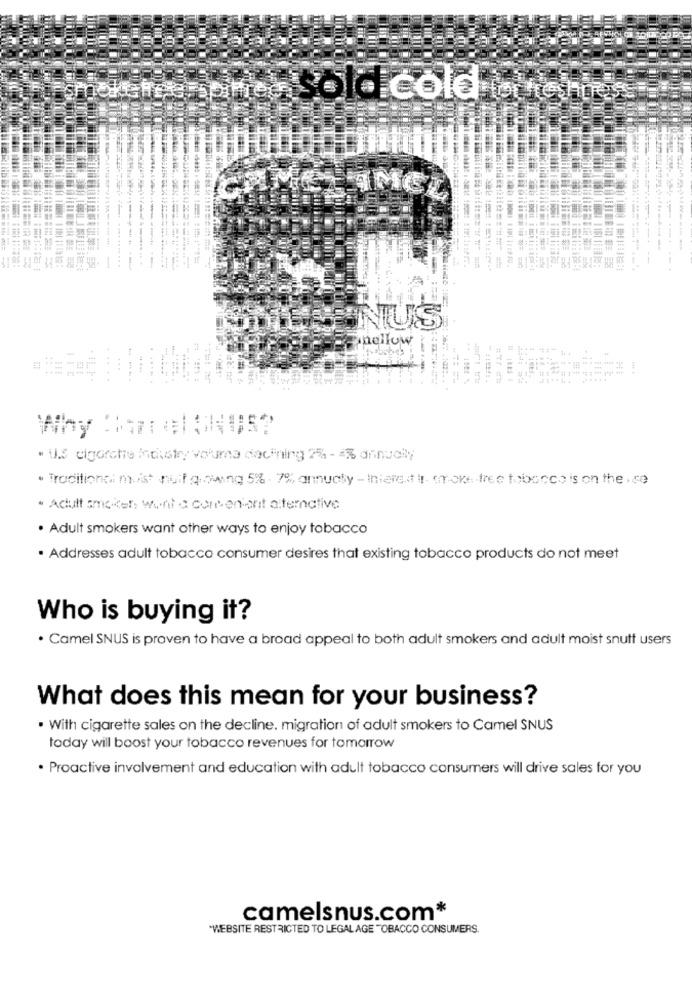
three Sold cold to tens
--.
ENIUS
opellow
44
. IL. P .
.. ..
.....
· U.S cigarette Industry voluma dacining 2% - - % annually
. Traditional most nuit a owing 5% . 7%% annually - Iniere.it t- woke tree tobacco is on the . se
. Acult smelter, went a com-en onit alternative
. Adult smokers want other ways to enjoy tobacco
· Addresses adult tobacco consumer desires that existing tobacco products do not meet
Who is buying it?
· Camel SNUS is proven to have a broad appeal to both adult smokers and adult moist snutt users
What does this mean for your business?
. With cigarette sales on the decline. migration of adult smokers to Camel SNUS
today will boost your tobacco revenues for tomorrow
· Proactive involvement and education with adult tobacco consumers will drive sales for you
camelsnus.com*
*WEBSITE RESTRICTED TO LEGAL AGE TOBACCO CONSUMERS.